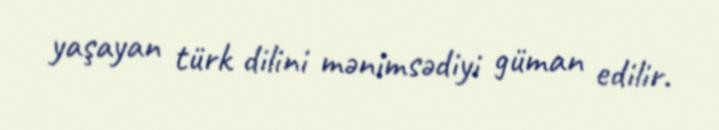
yaşayan türk dilini mənimsədiyi güman edilir.